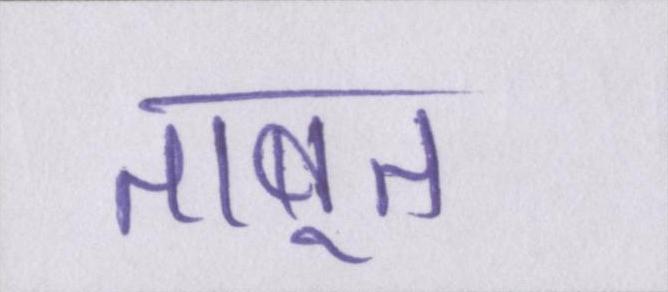
ताबूत